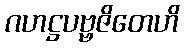
ဂဟဋ္ဌပဗ္ဗဇိတေဟိ